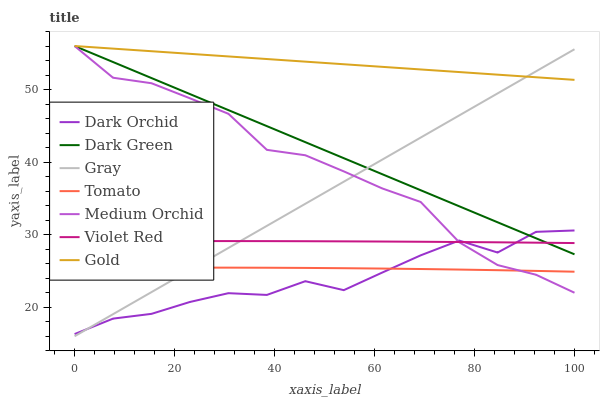
| xaxis_label | Dark Orchid | Dark Green | Gray | Tomato | Medium Orchid | Violet Red | Gold |
 | --- | --- | --- | --- | --- | --- | --- | --- |
 | 0 | 16.3 | 56 | 16 | 25.4 | 56 | 29.1 | 56 |
 | 7.69 | 18.4 | 53.8 | 19 | 25.4 | 51.6 | 29.1 | 55.6 |
 | 15.4 | 19.1 | 51.6 | 22.1 | 25.4 | 50.9 | 29.1 | 55.3 |
 | 23.1 | 20.7 | 49.4 | 25.1 | 25.5 | 48.8 | 29.1 | 54.9 |
 | 30.8 | 21.9 | 47.2 | 28.2 | 25.5 | 46.7 | 29.1 | 54.6 |
 | 38.5 | 21.7 | 45 | 31.2 | 25.4 | 41.7 | 29.1 | 54.2 |
 | 46.2 | 23.6 | 42.7 | 34.3 | 25.4 | 40.9 | 29.1 | 53.8 |
 | 53.8 | 22.4 | 40.5 | 37.3 | 25.4 | 38.7 | 29.1 | 53.5 |
 | 61.5 | 24.8 | 38.3 | 40.3 | 25.3 | 36.4 | 29.1 | 53.1 |
 | 69.2 | 27.2 | 36.1 | 43.4 | 25.3 | 34.5 | 29 | 52.8 |
 | 76.9 | 29.2 | 33.9 | 46.4 | 25.2 | 29 | 29 | 52.4 |
 | 84.6 | 27.5 | 31.7 | 49.5 | 25.1 | 25.8 | 28.9 | 52.1 |
 | 92.3 | 30.4 | 29.5 | 52.5 | 25 | 24.5 | 28.9 | 51.7 |
 | 100 | 30.6 | 27.3 | 55.6 | 24.9 | 22 | 28.8 | 51.3 |